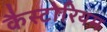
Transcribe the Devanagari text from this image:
कैस्टोरियम